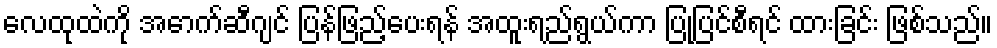
လေထုထဲကို အောက်ဆီဂျင် ပြန်ဖြည့်ပေးရန် အထူးရည်ရွယ်ကာ ပြုပြင်စီရင် ထားခြင်း ဖြစ်သည်။